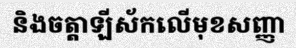
និងចត្តាឡីស័កលើមុខសញ្ញា